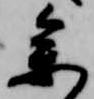
参